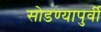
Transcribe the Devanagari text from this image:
सोडण्यापुर्वी